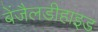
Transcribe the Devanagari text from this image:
बेंजैलडीहाइड